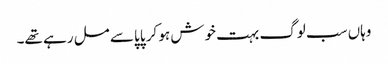
وہاں سب لوگ بہت خوش ہو کر پاپا سے مل رہے تھے۔